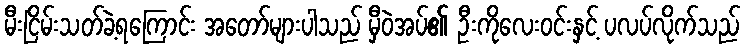
မီးငြိမ်းသတ်ခဲ့ရကြောင်း အတော်များပါသည် မှီဝဲအပ်၏ ဦးကိုလေးဝင်းနှင့် ပလပ်လိုက်သည်